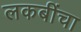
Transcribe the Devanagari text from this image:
लकबींचा